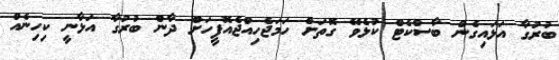
ބުރުގާ އަޅައިގެން ބާސްކެޓް ކުޅެވޭ ގޮތަށް ހަމަޖެހިއްޖެއޮފީހަށް ދާން ބުރުގާ އަޅާނީ ކިހިނެއް